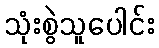
သုံးစွဲသူပေါင်း